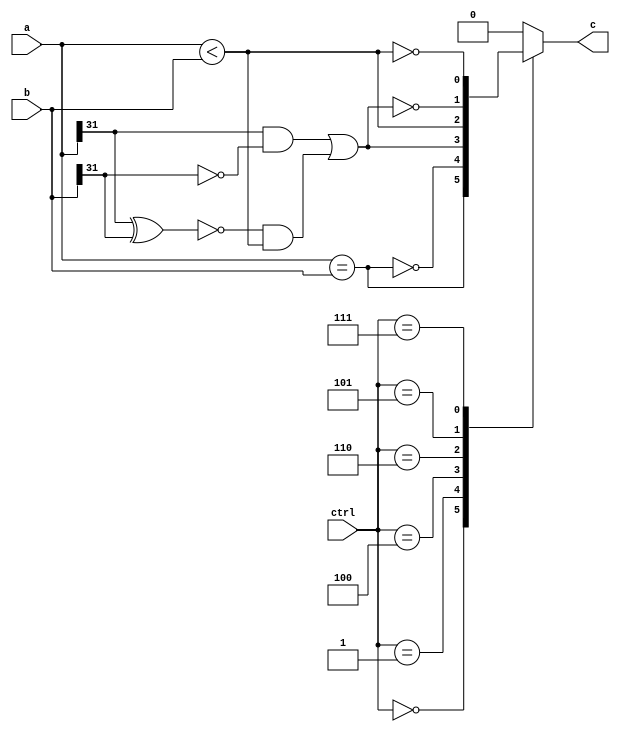
`timescale 1ns / 1ps

module cmp_32(  input [31:0] a,
                input [31:0] b,
                input [2:0] ctrl,
                output reg c
    );

    parameter cmp_EQ  = 3'b000;
    parameter cmp_NE  = 3'b001;
    parameter cmp_LT  = 3'b100;
    parameter cmp_LTU = 3'b110;
    parameter cmp_GE  = 3'b101;
    parameter cmp_GEU = 3'b111;

    wire res_EQ  = a == b;
    wire res_NE  = ~res_EQ;
    wire res_LT  = (a[31] & ~b[31]) || (~(a[31] ^ b[31]) && a < b);
    wire res_LTU = a < b;
    wire res_GE  = ~res_LT;
    wire res_GEU = ~res_LTU;

    always @(*) begin
        case (ctrl)
            cmp_EQ: c = res_EQ;
            cmp_NE: c = res_NE;
            cmp_LT: c = res_LT;
            cmp_LTU: c = res_LTU;
            cmp_GE: c = res_GE;
            cmp_GEU: c = res_GEU;
            default: c = 1'b0;
        endcase
    end

endmodule